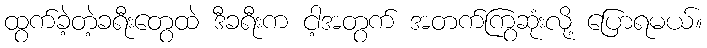
ထွက်ခဲ့တဲ့ခရီးတွေထဲ ဒီခရီးက ငါ့အတွက် အတက်ကြွဆုံးလို့ ပြောရမယ်။